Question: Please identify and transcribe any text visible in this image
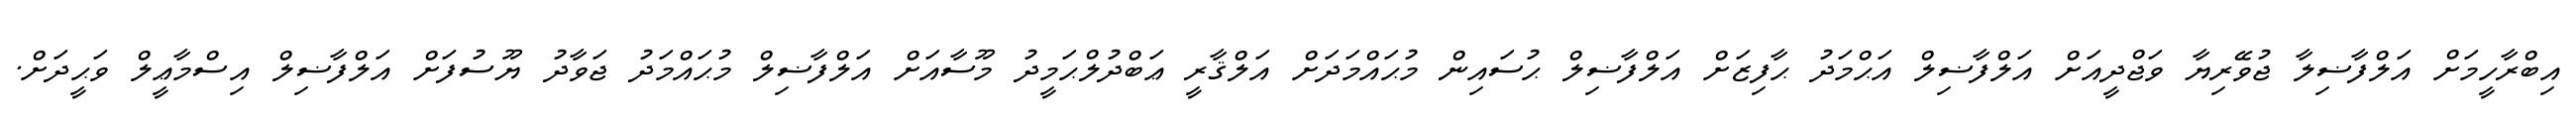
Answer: އިބްރާހީމަށް އަލްފާޟިލާ ޖުވޭރިޔާ ވަޖްދީއަށް އަލްފާޟިލް އަޙްމަދު ޙާފިޒަށް އަލްފާޟިލް ޙުސައިން މުޙައްމަދަށް އަލްޤާރީ ޢަބްދުލްޙަމީދު މޫސާއަށް އަލްފާޟިލް މުޙައްމަދު ޖަވާދު ޔޫސުފަށް އަލްފާޟިލް އިސްމާޢީލް ވަޙީދަށް.